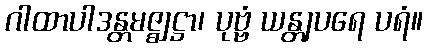
ဂါထာပါဒန္တမဇ္ဈဋ္ဌာ၊ ပုဗ္ဗံ ယန္တျပရေ ပရံ။